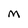
Character: M